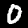
Digit: 0